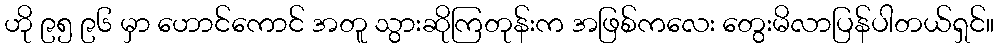
ဟို ၉၅ ၉၆ မှာ ဟောင်ကောင် အတူ သွားဆိုကြတုန်းက အဖြစ်ကလေး တွေးမိလာပြန်ပါတယ်ရှင်။